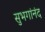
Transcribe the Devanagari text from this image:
सुभगांनंद